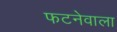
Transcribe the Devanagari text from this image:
फटनेवाला